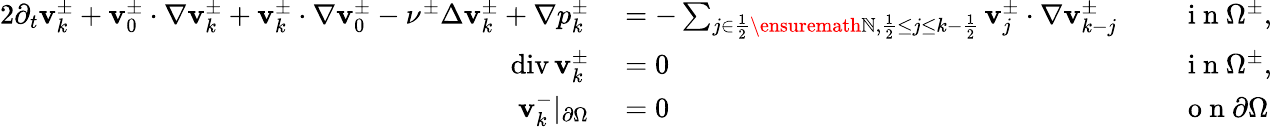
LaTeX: \begin{array}{rlrl}{{2}\partial_{t}\mathbf{v}_{k}^{\pm}+\mathbf{v}_{0}^{\pm}\cdot\nabla\mathbf{v}_{k}^{\pm}+\mathbf{v}_{k}^{\pm}\cdot\nabla\mathbf{v}_{0}^{\pm}-\nu^{\pm}\Delta\mathbf{v}_{k}^{\pm}+\nabla p_{k}^{\pm}}&{{}=-\sum_{j\in\frac 12\ensuremath{\mathbb{N}},\frac 12\leq j\leq k-\frac 12}\mathbf{v}_{j}^{\pm}\cdot\nabla\mathbf{v}_{k-j}^{\pm}}&{\ }&{{}\mathrm{~i~n~}\Omega^{\pm},}\\ {\operatorname{div}\mathbf{v}_{k}^{\pm}}&{{}=0}&{\ }&{{}\mathrm{~i~n~}\Omega^{\pm},}\\ {{\mathbf{v}_{k}^{-}|_{\partial\Omega}}}&{{}=0}&{\ }&{{}\mathrm{~o~n~}\partial\Omega}\end{array}